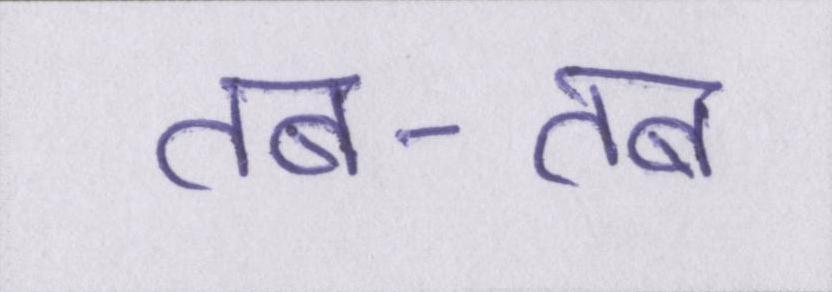
तब-तब